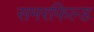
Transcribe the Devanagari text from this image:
समरफिल्ड